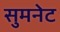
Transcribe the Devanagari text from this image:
सुमनेट